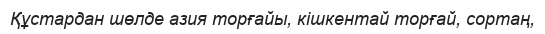
Құстардан шөлде азия торғайы, кішкентай торғай, copтaң,